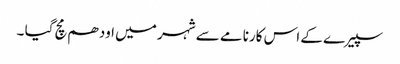
سپیرے کے اس کارنامے سے شہر میں اودھم مچ گیا ۔